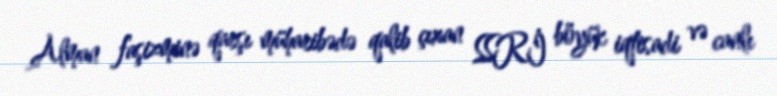
Alman faşizminə qarşı müharibədə qalib çıxan SSRİ böyük iqtisadi və canlı